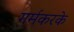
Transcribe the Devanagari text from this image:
गर्मकरके